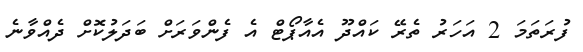
ފުރަތަމަ 2 އަހަރު ތެރޭ ކައްދޫ އެއާޕޯޓް އެ ފެންވަރަށް ބަދަލުކޮށް ދެއްވާނެ